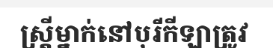
ស្ត្រីម្នាក់នៅបុរីកីឡាត្រូវ